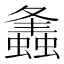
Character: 𧒒